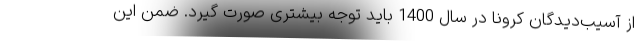
از آسیب‌دیدگان کرونا در سال 1400 باید توجه بیشتری صورت گیرد. ضمن این